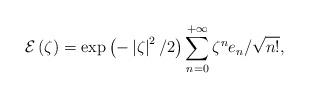
LaTeX: \begin{align*} \mathcal{E} \left( \zeta \right) =\exp \left( - \left\vert \zeta \right\vert^2 / 2 \right)\sum_{n = 0}^{+ \infty} \zeta^n e_n / \sqrt{ n !} ,\end{align*}